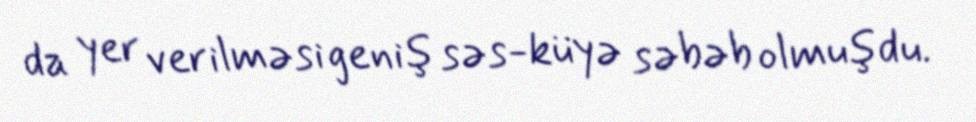
da yer verilməsi geniş səs-küyə səbəb olmuşdu.